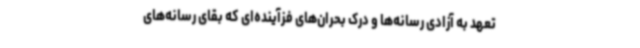
تعهد به آزادی رسانه‌ها و درک بحران‌های فزآینده‌ای که بقای رسانه‌های